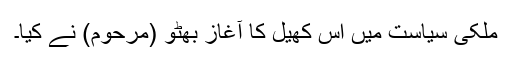
ملکی سیاست میں اس کھیل کا آغاز بھٹو (مرحوم) نے کیا۔